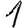
Digit: 1